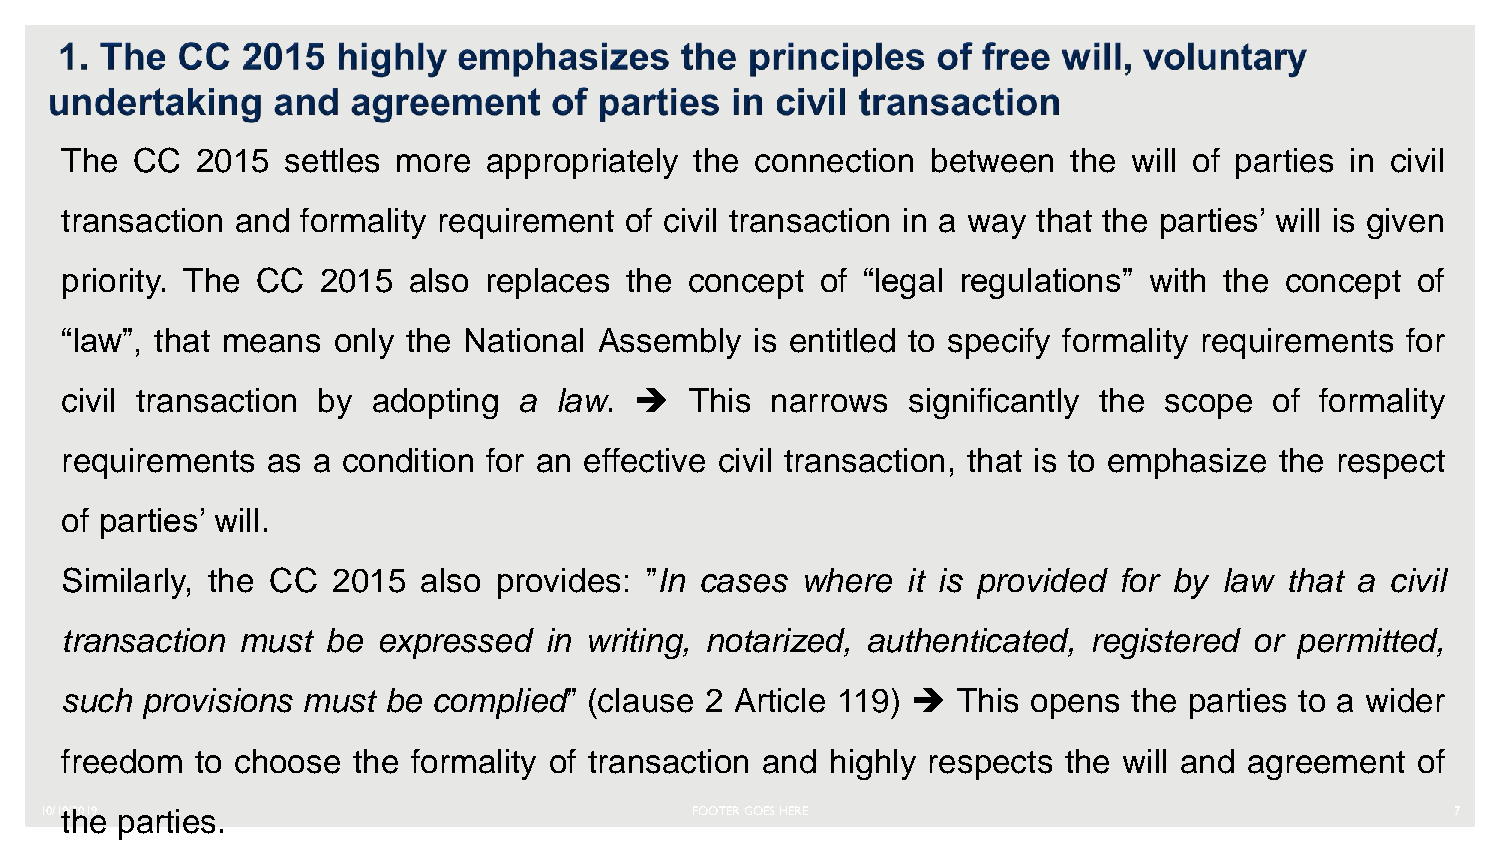
The  CC  2015  settles more appropriately the connection  between  the will of parties in civil
 transaction and formality requirement of civil transaction in a way that the parties’ will is given
 priority. The CC 2015  also replaces the  concept of “legal regulations” with the concept of
 “law”, that means only the National Assembly  is entitled to specify formality requirements for
 civil transaction by adopting a  law.    This narrows  significantly the scope of formality
 requirements  as a condition for an effective civil transaction, that is to emphasize the respect
 of parties’ will.
 Similarly, the CC 2015  also provides: ”In cases where  it is provided for by law that a civil
 transaction must  be expressed  in writing, notarized, authenticated, registered or permitted,
 such provisions must be  complied” (clause 2 Article 119)  This opens the parties to a wider
 freedom  to choose the formality of transaction and highly respects the will and agreement of
 10/1t9/h201e9 parties.                     FOOTER GOES HERE                                  7